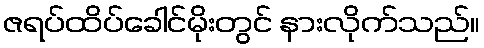
ဇရပ်ထိပ်ခေါင်မိုးတွင် နားလိုက်သည်။